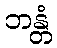
ဘန္တံ